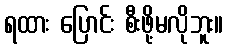
ရထား ပြောင်း စီးဖို့မလိုဘူး။